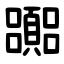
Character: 嚻